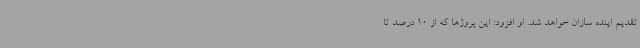
تقدیم اینده سازان خواهد شد. او افزود: این پروژها که از 10 درصد تا